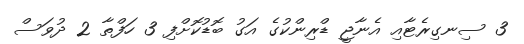
3 ސިނގިރެޓާއި އެނާޖީ ޑްރިންކުގެ އަގު ބޮޑުކޮށްފި 3 ހަފްތާ 2 ދުވަސް